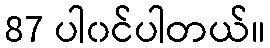
87 ပါ၀င်ပါတယ်။